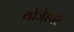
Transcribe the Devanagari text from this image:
भोजेश्‍वर